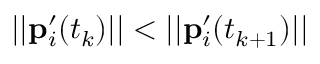
| | \mathbf { p } _ { i } ^ { \prime } ( t _ { k } ) | | < | | \mathbf { p } _ { i } ^ { \prime } ( t _ { k + 1 } ) | |